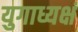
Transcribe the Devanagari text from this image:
युगाध्यक्षं